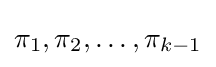
\pi _{1},\pi _{2},\dots ,\pi _{k-1}\,\!